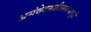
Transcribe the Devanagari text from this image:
असंवेदनशीलपणामुळे